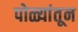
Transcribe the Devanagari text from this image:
पोळ्यांतून